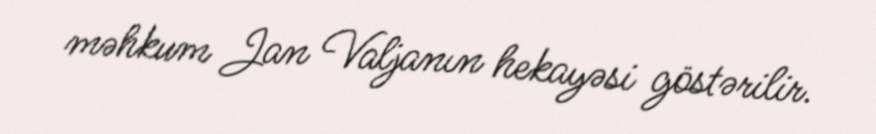
məhkum Jan Valjanın hekayəsi göstərilir.